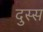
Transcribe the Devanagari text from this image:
दुस्स